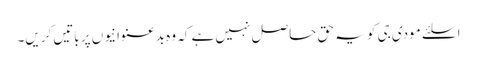
ا سلئے مودی جی کو یہ حق حاصل نہیں ہے کہ وہ بدعنوانیوں پر باتیں کریں۔